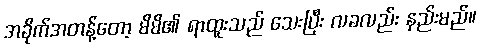
အခိုက်အတန့်တော့ မိမိ၏ ရာထူးသည် သေးပြီး လခလည်း နည်းမည်။